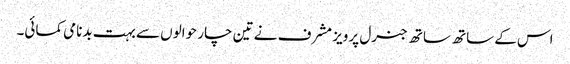
اس کے ساتھ ساتھ جنرل پرویز مشرف نے تین چار حوالوں سے بہت بدنامی کمائی۔